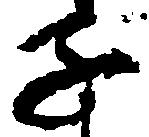
子